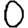
Digit: 0